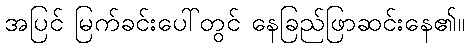
အပြင် မြက်ခင်းပေါ်တွင် နေခြည်ဖြာဆင်းနေ၏။